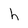
Character: h